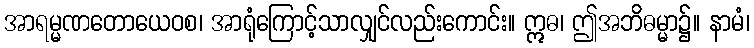
အာရမ္မဏတောယေဝစ၊ အာရုံကြောင့်သာလျှင်လည်းကောင်း။ ဣဓ၊ ဤအဘိဓမ္မာ၌။ နာမံ၊